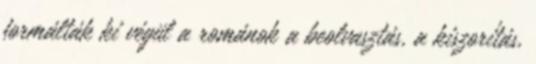
formálták ki végül a románok a beolvasztás, a kiszorítás,